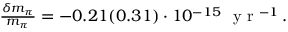
\begin{array} { r } { \frac { \delta m _ { \pi } } { m _ { \pi } } = - 0 . 2 1 ( 0 . 3 1 ) \cdot 1 0 ^ { - 1 5 } \ \mathrm { ~ y ~ r ~ } ^ { - 1 } \, . } \end{array}